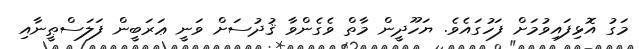
މަގު އޮޅިފައިވުމަށް ފަހުގައެވެ. ޔަހޫދީން މާތް ވެގެންވާ ޤުދުސަށް ވަނީ ޢަރަބީން ފަލަސްޠީނާއި